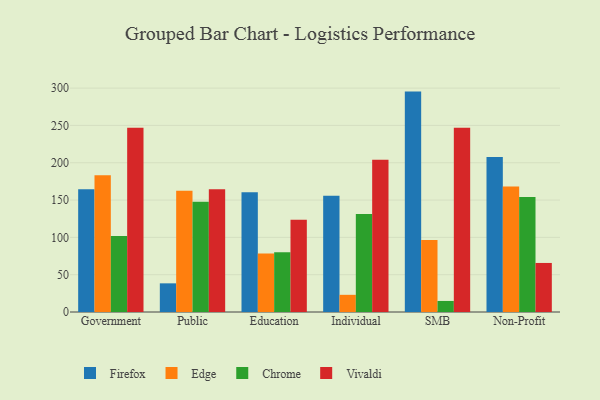
{"axis": {"x": "Segment", "y": "Conversion Rate (%)"}, "legend": ["Chrome", "Edge", "Firefox", "Vivaldi"], "data": [{"x": "Government", "y": 164.4, "type": "Firefox"}, {"x": "Government", "y": 183.2, "type": "Edge"}, {"x": "Government", "y": 101.9, "type": "Chrome"}, {"x": "Government", "y": 246.8, "type": "Vivaldi"}, {"x": "Public", "y": 38.4, "type": "Firefox"}, {"x": "Public", "y": 162.6, "type": "Edge"}, {"x": "Public", "y": 147.7, "type": "Chrome"}, {"x": "Public", "y": 164.3, "type": "Vivaldi"}, {"x": "Education", "y": 160.4, "type": "Firefox"}, {"x": "Education", "y": 78.5, "type": "Edge"}, {"x": "Education", "y": 80.0, "type": "Chrome"}, {"x": "Education", "y": 123.5, "type": "Vivaldi"}, {"x": "Individual", "y": 155.6, "type": "Firefox"}, {"x": "Individual", "y": 23.0, "type": "Edge"}, {"x": "Individual", "y": 131.4, "type": "Chrome"}, {"x": "Individual", "y": 204.1, "type": "Vivaldi"}, {"x": "SMB", "y": 295.3, "type": "Firefox"}, {"x": "SMB", "y": 96.5, "type": "Edge"}, {"x": "SMB", "y": 14.8, "type": "Chrome"}, {"x": "SMB", "y": 246.9, "type": "Vivaldi"}, {"x": "Non-Profit", "y": 207.8, "type": "Firefox"}, {"x": "Non-Profit", "y": 168.2, "type": "Edge"}, {"x": "Non-Profit", "y": 154.1, "type": "Chrome"}, {"x": "Non-Profit", "y": 65.7, "type": "Vivaldi"}]}